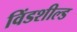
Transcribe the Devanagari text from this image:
विंडशील्‍ड